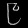
Digit: ၉